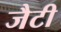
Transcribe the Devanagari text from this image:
जैटी